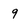
Character: 9